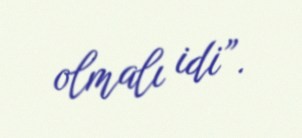
olmalı idi”.